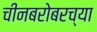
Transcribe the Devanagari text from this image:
चीनबरोबरच्या